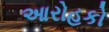
આરોહકો